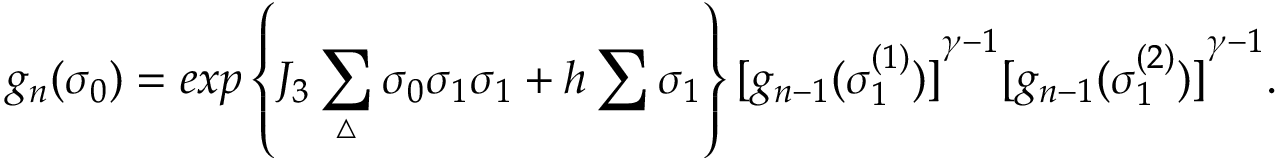
g _ { n } ( { \sigma } _ { 0 } ) = e x p \left\{ J _ { 3 } \sum _ { \triangle } { \sigma } _ { 0 } { \sigma } _ { 1 } { \sigma } _ { 1 } + h \sum { \sigma } _ { 1 } \right\} { [ g _ { n - 1 } ( { \sigma } _ { 1 } ^ { ( 1 ) } ) ] } ^ { \gamma - 1 } { [ g _ { n - 1 } ( { \sigma } _ { 1 } ^ { ( 2 ) } ) ] } ^ { \gamma - 1 } .